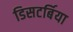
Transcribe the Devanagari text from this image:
डिसटर्बिया